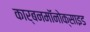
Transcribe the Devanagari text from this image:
कार्बनमॉनोक्साइड